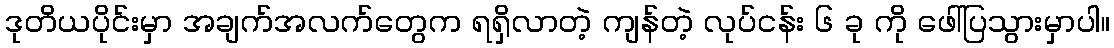
ဒုတိယပိုင်းမှာ အချက်အလက်တွေက ရရှိလာတဲ့ ကျန်တဲ့ လုပ်ငန်း ၆ ခု ကို ဖေါ်ပြသွားမှာပါ။